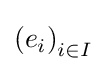
\left(e_{i}\right)_{i\in I}